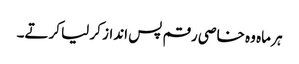
ہر ماہ وہ خاصی رقم پس انداز کر لیا کرتے۔